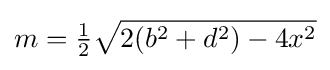
m={\tfrac {1}{2}}{\sqrt {2(b^{2}+d^{2})-4x^{2}}}